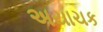
અયાચક